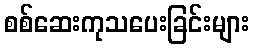
စစ်ဆေးကုသပေးခြင်းများ